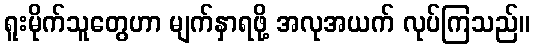
ရူးမိုက်သူတွေဟာ မျက်နှာရဖို့ အလုအယက် လုပ်ကြသည်။